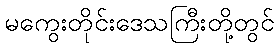
မကွေးတိုင်းဒေသကြီးတို့တွင်